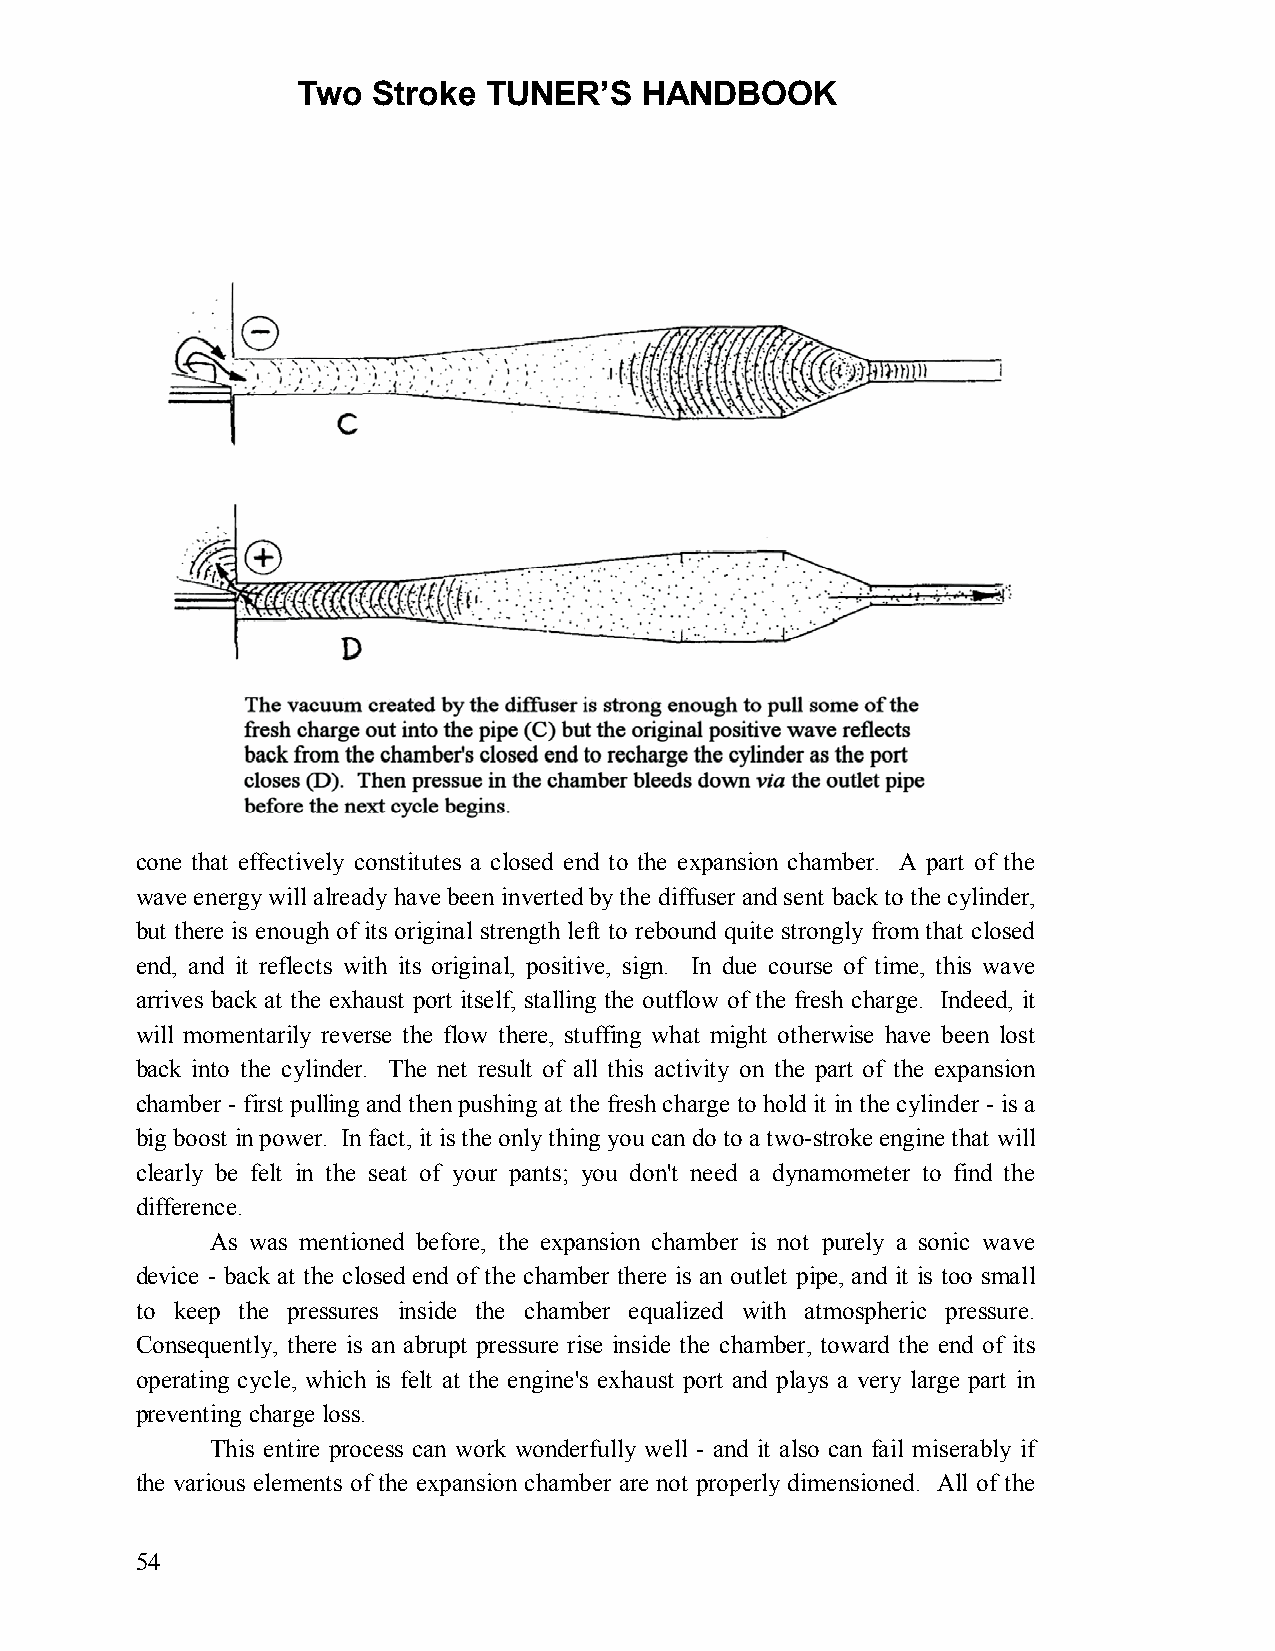
Two  Stroke TUNER’S   HANDBOOK
 cone that effectively constitutes a closed end to the expansion chamber. A part of the
 wave energy will already have been inverted by the diffuser and sent back to the cylinder,
 but there is enough of its original strength left to rebound quite strongly from that closed
 end, and it reflects with its original, positive, sign. In due course of time, this wave
 arrives back at the exhaust port itself, stalling the outflow of the fresh charge. Indeed, it
 will momentarily reverse the flow there, stuffing what might otherwise have been lost
 back into the cylinder. The net result of all this activity on the part of the expansion
 chamber - first pulling and then pushing at the fresh charge to hold it in the cylinder - is a
 big boost in power. In fact, it is the only thing you can do to a two-stroke engine that will
 clearly be felt in the seat of your pants; you don't need a dynamometer to find the
 difference.
 As was mentioned before, the expansion chamber is not purely a sonic wave
 device - back at the closed end of the chamber there is an outlet pipe, and it is too small
 to keep the pressures inside the chamber equalized with atmospheric pressure.
 Consequently, there is an abrupt pressure rise inside the chamber, toward the end of its
 operating cycle, which is felt at the engine's exhaust port and plays a very large part in
 preventing charge loss.
 This entire process can work wonderfully well - and it also can fail miserably if
 the various elements of the expansion chamber are not properly dimensioned. All of the
 54